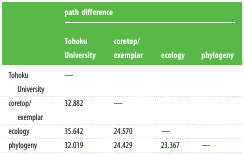
<table><thead><tr><td></td><td colspan="4"><b>path difference</b></td></tr><tr><td></td><td><b>Tohoku University</b></td><td><b>coretop/exemplar</b></td><td><b>ecology</b></td><td><b>phylogeny</b></td></tr></thead><tbody><tr><td>Tohoku University</td><td>—</td><td></td><td></td><td></td></tr><tr><td>coretop/exemplar</td><td>32.882</td><td>—</td><td></td><td></td></tr><tr><td>ecology</td><td>35.642</td><td>24.570</td><td>—</td><td></td></tr><tr><td>phylogeny</td><td>32.019</td><td>24.429</td><td>23.367</td><td>—</td></tr></tbody></table>